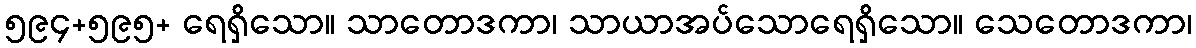
၅၉၄+၅၉၅+ ရေရှိသော။ သာတောဒကာ၊ သာယာအပ်သောရေရှိသော။ သေတောဒကာ၊